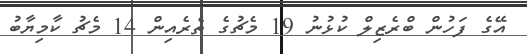
އޭގެ ފަހުން ބްރެޒިލް ކުޅުނު 19 މެޗުގެ ތެރެއިން 14 މެޗު ކާމިޔާބު